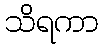
သိရကာ